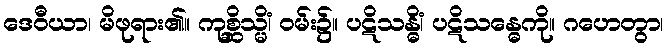
ဒေဝီယာ၊ မိဖုရား၏။ ကုစ္ဆိသ္မိံ၊ ဝမ်း၌။ ပဋိသန္ဓိံ၊ ပဋိသန္ဓေကို။ ဂဟေတွာ၊